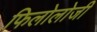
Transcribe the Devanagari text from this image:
फिलोलोजी